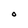
Character: O